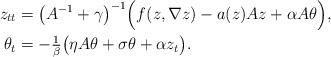
LaTeX: \begin{align*}z_{tt} &= \big(A^{-1} + \gamma\big)^{-1} \Big(f(z, \nabla z) - a(z) A z + \alpha A \theta\Big), \\\theta_{t} &= -\tfrac{1}{\beta} \big(\eta A \theta + \sigma \theta + \alpha z_{t}\big).\end{align*}